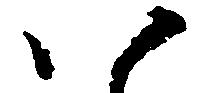
い